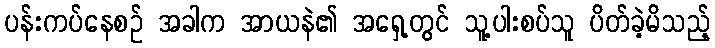
ပန်းကပ်နေစဉ် အခါက အာယနဲ၏ အရှေ့တွင် သူ့ပါးစပ်သူ ပိတ်ခဲ့မိသည့်